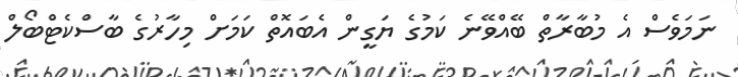
ނަމަވެސް އެ މުބާރާތް ބޭއްވޭނެ ކަމުގެ ޔަގީން އެބައޮތް ކަމަށް މިހާރުގެ ބާސްކެޓްބޯލް